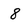
Character: 8